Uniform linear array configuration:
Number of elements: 4
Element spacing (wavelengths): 0.25
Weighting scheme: kaiser
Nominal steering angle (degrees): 60
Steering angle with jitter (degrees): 60.413
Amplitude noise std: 0.05
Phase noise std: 0.05

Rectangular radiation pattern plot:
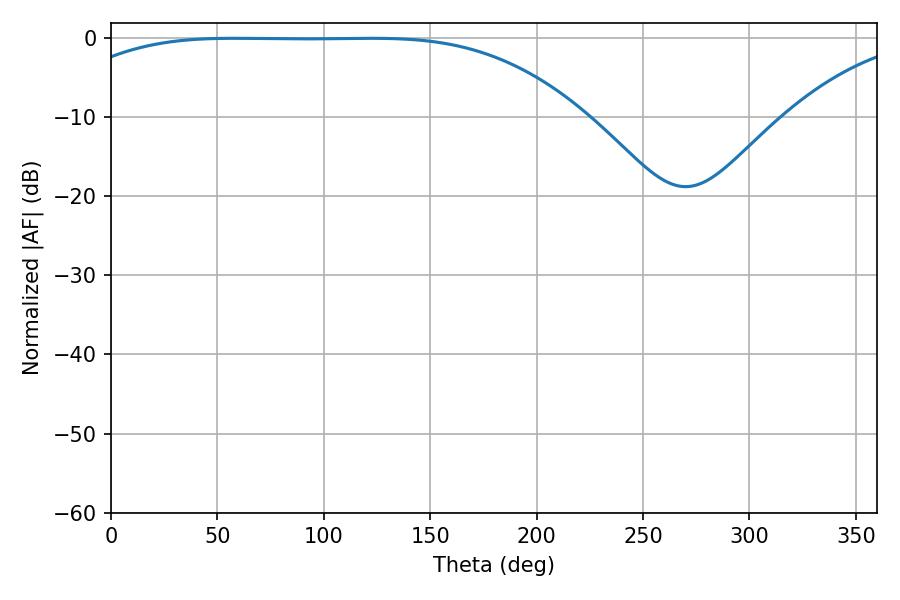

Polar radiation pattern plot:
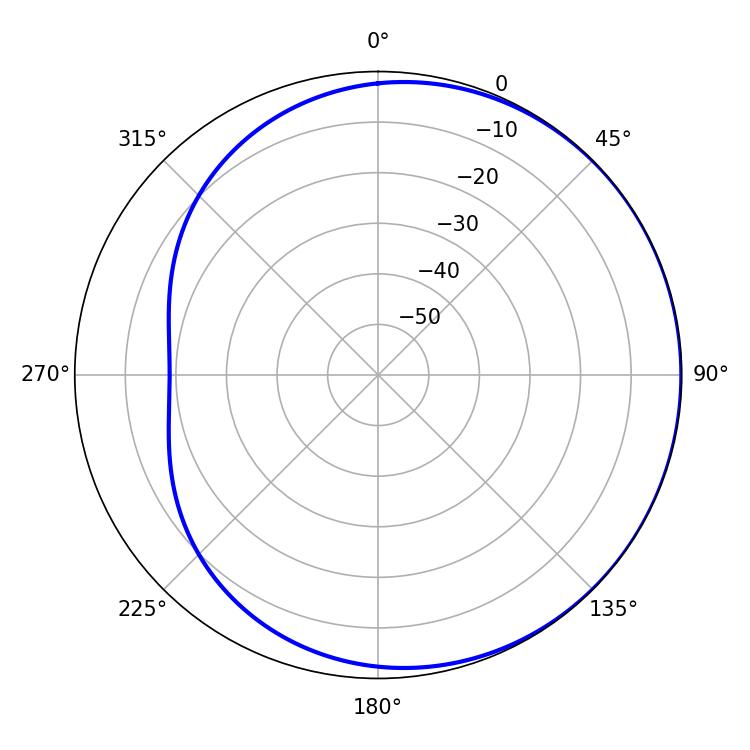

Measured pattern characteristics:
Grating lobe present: FALSE
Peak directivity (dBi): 0.5989
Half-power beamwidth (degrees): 185.94
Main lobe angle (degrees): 57.96